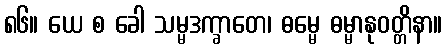
၈၆။ ယေ စ ခေါ သမ္မဒက္ခာတေ၊ ဓမ္မေ ဓမ္မာနုဝတ္တိနာ။